Lunatic asylums United Provinces 1899-1908 - 1899-1908
Year: 1899
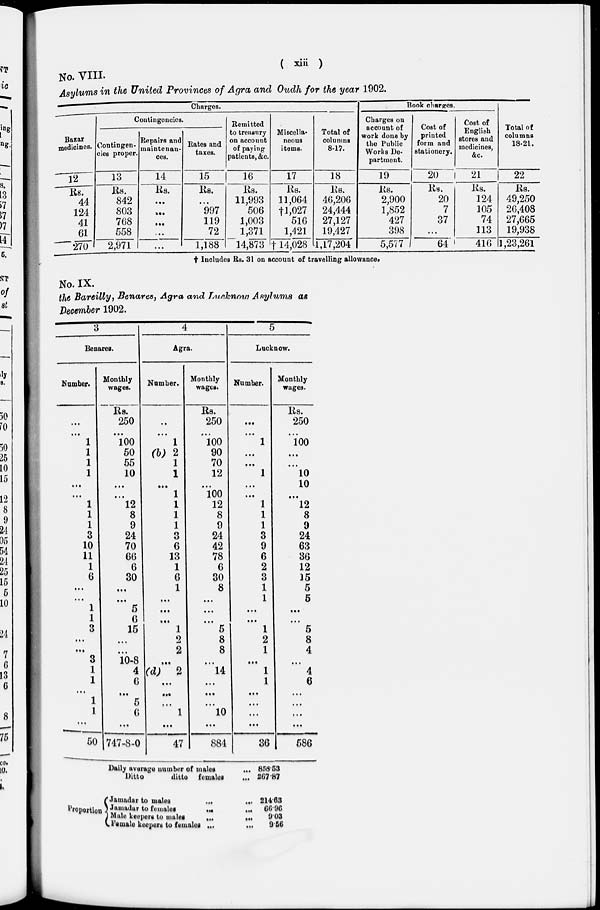
( xiii )
No. VIII
Asylums in the United Provinces of Agra and Oudh for the year 1902.
Charges.
Bazar
medicines.
12
Rs.
44
124
41
61
270
Contingencies.
Contingen-
cies proper.
13
Rs.
842
803
768
558
2,971
Repairs and
maintenan-
ces.
14
Rs.
...
...
...
...
...
Rates and
taxes.
15
Rs.
...
997
119
72
1,188
Remitted
to treasury
on account
of paying
patients, &c.
16
Rs.
11,993
506
1,003
1,371
14,873
Miscella-
neous
items.
17
Rs.
11,064
† 1,027
516
1,421
†14,028
Total of
columns
8-17.
18
Rs.
46,206
24,444
27,127
19,427
1,17,204
Book charges.
Charges on
account of
work done by
the Public
Works De-
partment.
19
Rs.
2,900
1,852
427
398
5,577
Cost of
printed
form and
stationery.
20
Rs.
20
7
37
...
64
Cost of
English
stores and
medicines,
&c.
21
Rs.
124
105
74
113
416
Total of
columns
18-21.
22
Rs.
49,250
26,408
27,665
19,938
1,23,261
† Includes Rs. 31 on account of travelling allowance.
No. IX.
the Bareilly, Benares, Agra and Lucknow Asylums as
December 1902.
3
Benares.
Number.
...
...
1
1
1
1
...
...
1
1
1
3
10
11
1
6
...
...
1
1
3
...
...
3
1
1
...
1
1
...
50
Monthly
wages.
Rs.
250
...
100
50
55
10
...
...
12
8
9
24
70
66
6
30
...
...
5
6
15
...
...
10-8
4
6
...
5
6
...
747-8-0
4
Agra.
Number.
..
...
1
(b) 2
1
1
...
1
1
1
1
3
6
13
1
6
1
...
...
...
1
2
2
...
(d)
2
...
...
...
1
...
47
Monthly
wages.
Rs.
250
...
100
90
70
12
...
100
12
8
9
24
42
78
6
30
8
...
...
...
5
8
8
...
14
...
...
...
10
...
884
5
Lucknow.
Number.
...
...
1
...
...
1
...
...
1
1
1
3
9
6
2
3
1
1
...
...
1
2
1
...
1
1
...
...
...
...
36
Monthly
wages.
Rs.
250
...
100
...
...
10
10
...
12
8
9
24
63
36
12
15
5
5
...
...
5
8
4
...
4
6
...
...
...
...
586
Daily average number of males ...
Ditto
ditto females ...
858.53
267.87
Proportion
Jamadar to males ... ...
Jamadar to females
...
...
Male keepers to males
...
...
Female keepers to females
...
...
214.63
66.96
9.03
9.56